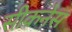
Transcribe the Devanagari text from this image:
सीकनेस